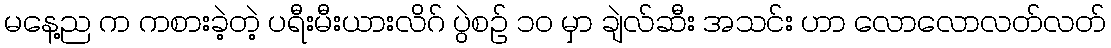
မနေ့ည က ကစားခဲ့တဲ့ ပရီးမီးယားလိဂ် ပွဲစဉ် ၁၀ မှာ ချဲလ်ဆီး အသင်း ဟာ လောလောလတ်လတ်